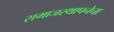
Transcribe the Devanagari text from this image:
समाजस्थापनेचा